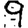
Digit: 9